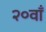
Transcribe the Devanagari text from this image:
२०वाँ